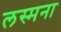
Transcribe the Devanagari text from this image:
लस्मना